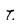
Character: t